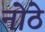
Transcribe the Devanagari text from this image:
नोठे